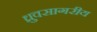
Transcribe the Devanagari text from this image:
ध्रुवसागरीय